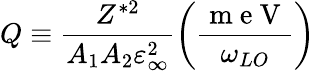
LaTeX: Q\equiv\frac{Z^{\ast 2}}{A_{1}A_{2}\varepsilon_{\infty}^{2}}\left(\frac{\mathrm{~m~e~V~}}{\omega_{LO}}\right)